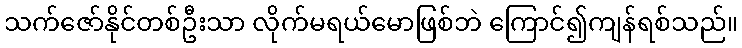
သက်ဇော်နိုင်တစ်ဦးသာ လိုက်မရယ်မောဖြစ်ဘဲ ကြောင်၍ကျန်ရစ်သည်။